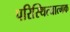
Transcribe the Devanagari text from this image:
परिस्थित्यात्मक